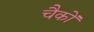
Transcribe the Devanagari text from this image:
चैकों